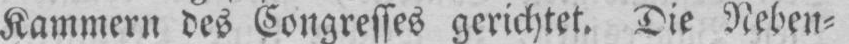
Kammern des Kongresses gerichtet. Die Neben⸗